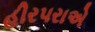
હીરપરાએ